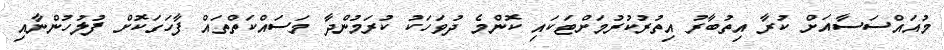
މުއައްސަސާއަށް ކުރާ އިތުބާރު އިތުރުކުރުމަށްޓަކައި ކޮންމެ ދުވަހަކު ކުރަމުންދާ މަސައްކަތްތައް ފާހަގަކޮށް ފުލުހުންނާއި